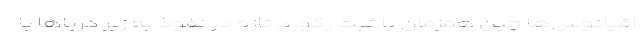
اقیانوس‌ها چین همزمان با ثبت رکورد تازه در نفوذ به زیر دریاها با